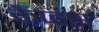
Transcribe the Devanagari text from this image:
कैप्‍टंस